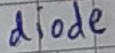
Text: diode